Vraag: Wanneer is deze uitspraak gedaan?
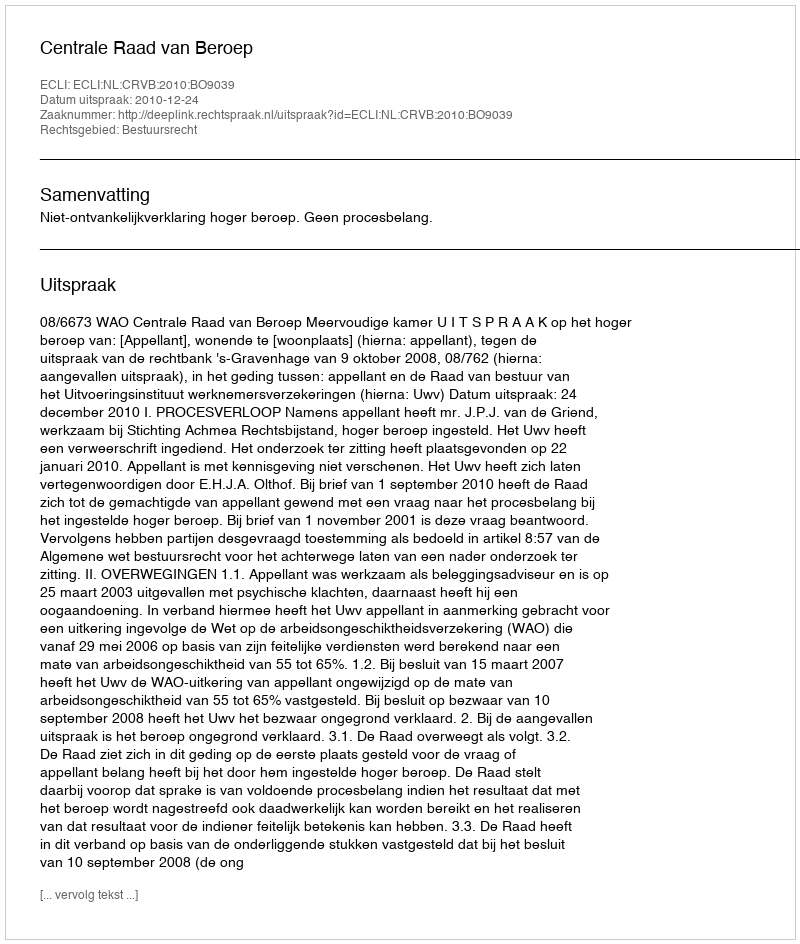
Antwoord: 2010-12-24